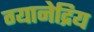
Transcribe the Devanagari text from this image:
ग्यानेद्रिय